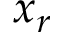
x _ { r }